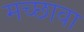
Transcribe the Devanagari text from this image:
मच्छावा